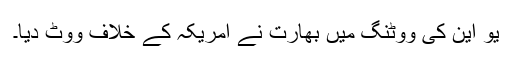
یو این کی ووٹنگ میں بھارت نے امریکہ کے خلاف ووٹ دیا۔